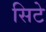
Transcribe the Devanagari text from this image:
सिटे